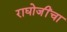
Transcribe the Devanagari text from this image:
राघोजींचा